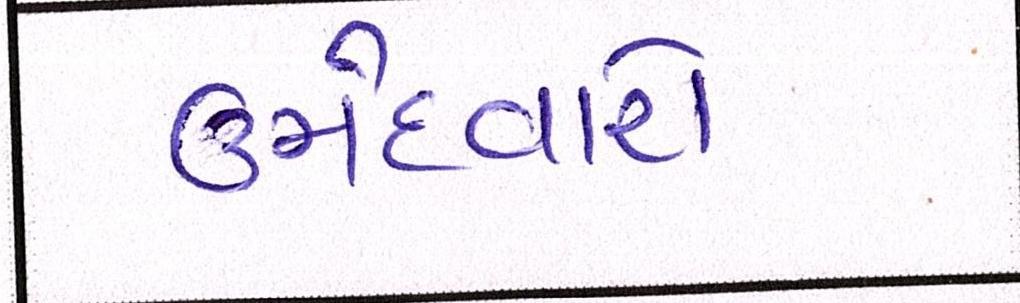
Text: ઉમેદવારો